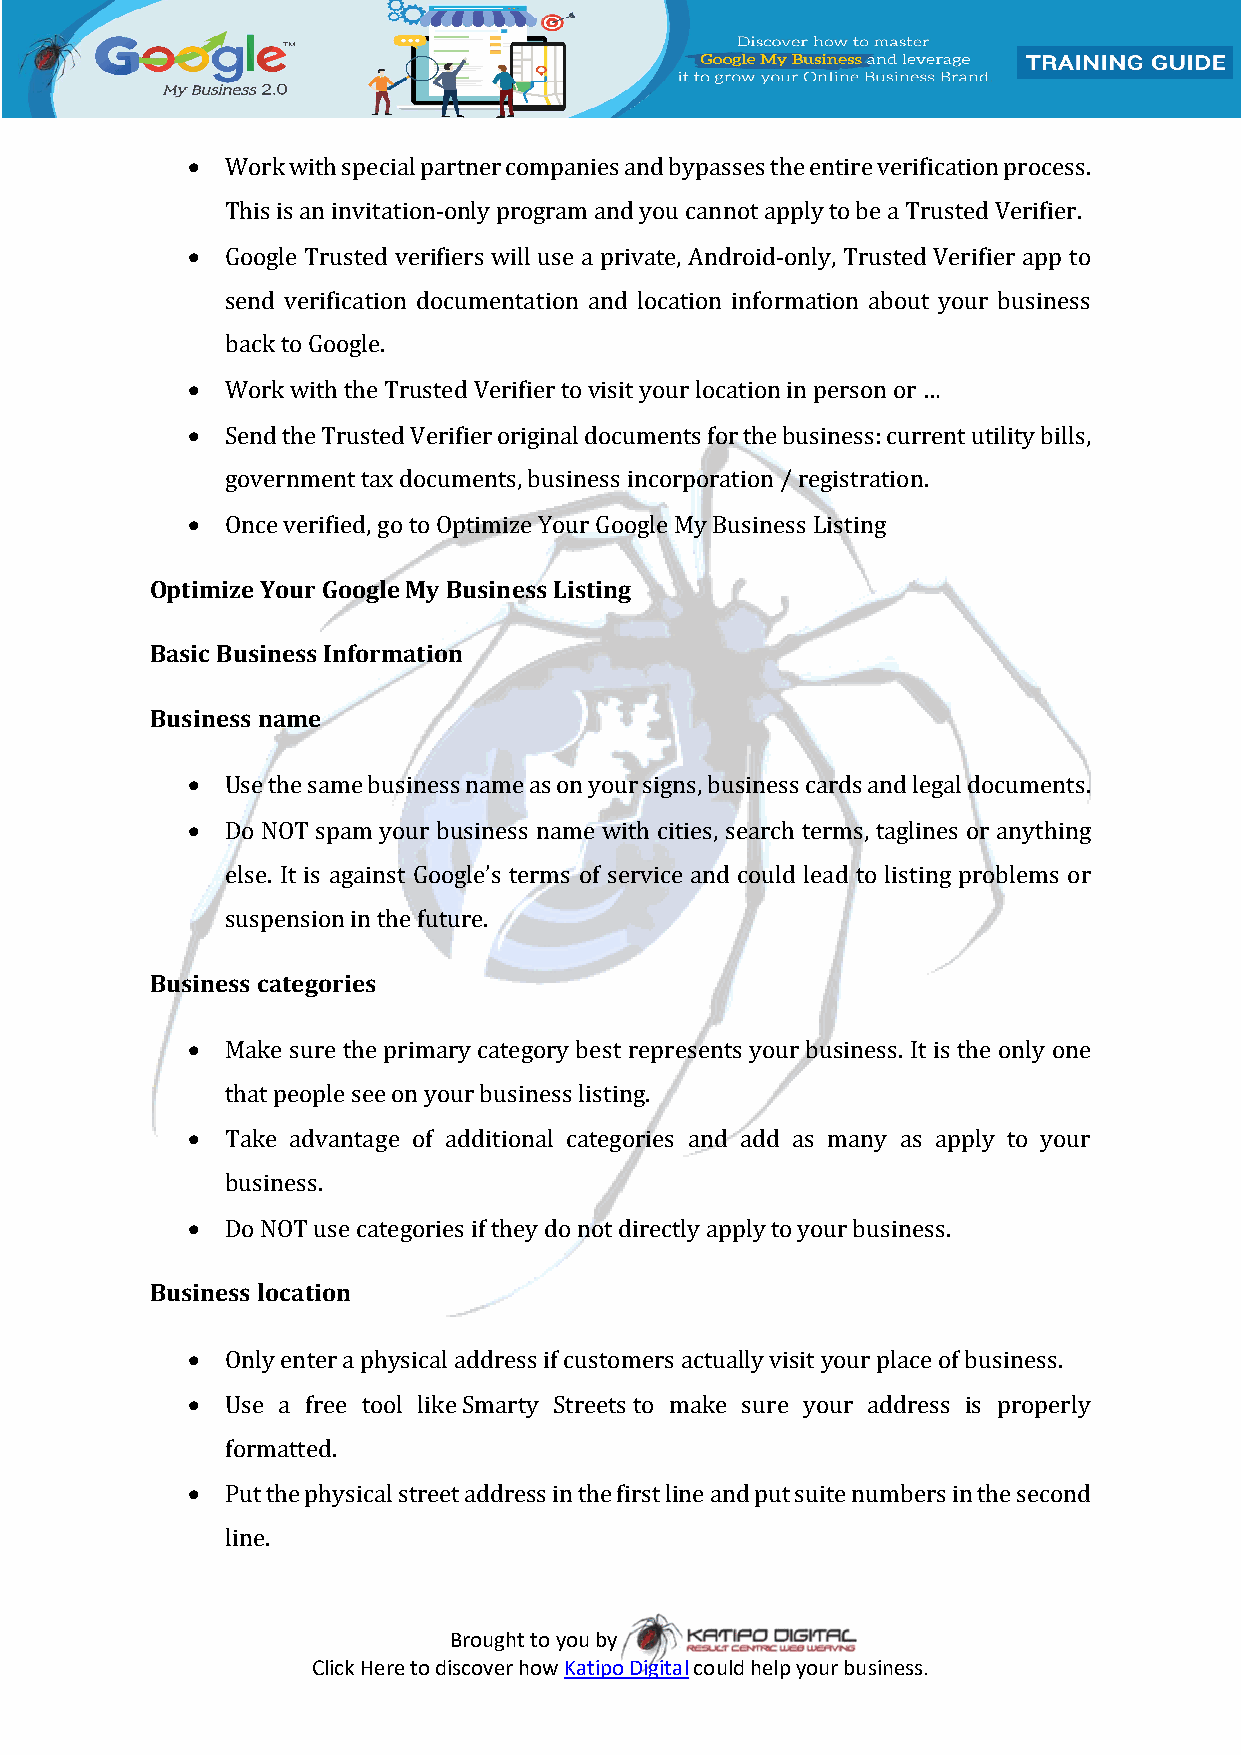
  Work with special partner companies and bypasses the entire verification process.
 This is an invitation-only program and you cannot apply to be a Trusted Verifier.
   Google Trusted verifiers will use a private, Android-only, Trusted Verifier app to
 send verification documentation and location information about your business
 back to Google.
   Work with the Trusted Verifier to visit your location in person or …
   Send the Trusted Verifier original documents for the business: current utility bills,
 government tax documents, business incorporation / registration.
   Once verified, go to Optimize Your Google My Business Listing
 Optimize Your Google My Business Listing
 Basic Business Information
 Business name
   Use the same business name as on your signs, business cards and legal documents.
   Do NOT spam your business name with cities, search terms, taglines or anything
 else. It is against Google’s terms of service and could lead to listing problems or
 suspension in the future.
 Business categories
   Make sure the primary category best represents your business. It is the only one
 that people see on your business listing.
   Take advantage of additional categories and add as many as apply to your
 business.
   Do NOT use categories if they do not directly apply to your business.
 Business location
   Only enter a physical address if customers actually visit your place of business.
   Use a free tool like Smarty Streets to make sure your address is properly
 formatted.
   Put the physical street address in the first line and put suite numbers in the second
 line.
 Brought to you by
 Click Here to discover how Katipo Digital could help your business.